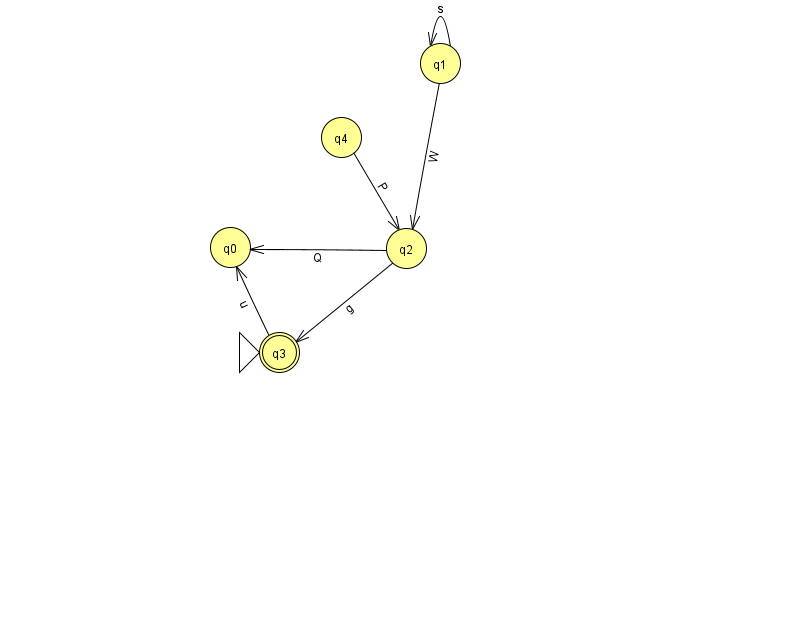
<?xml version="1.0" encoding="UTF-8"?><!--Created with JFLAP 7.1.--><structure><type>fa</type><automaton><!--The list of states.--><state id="0" name="q0"><x>230.0</x><y>234.0</y></state><state id="1" name="q1"><x>440.0</x><y>50.0</y></state><state id="2" name="q2"><x>406.0</x><y>235.0</y></state><state id="3" name="q3"><x>279.0</x><y>339.0</y><initial/><final/></state><state id="4" name="q4"><x>341.0</x><y>124.0</y></state><!--The list of transitions.--><transition><from>1</from><to>1</to><read>s</read></transition><transition><from>1</from><to>2</to><read>W</read></transition><transition><from>3</from><to>0</to><read>u</read></transition><transition><from>2</from><to>3</to><read>g</read></transition><transition><from>2</from><to>0</to><read>Q</read></transition><transition><from>4</from><to>2</to><read>P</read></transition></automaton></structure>